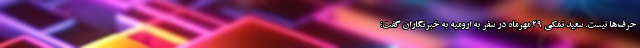
حرف‌ها نیست. سعید نمکی ۲۹ مهرماه در سفر به ارومیه به خبرنگاران گفت: